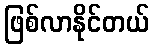
ဖြစ်လာနိုင်တယ်